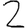
Digit: 2